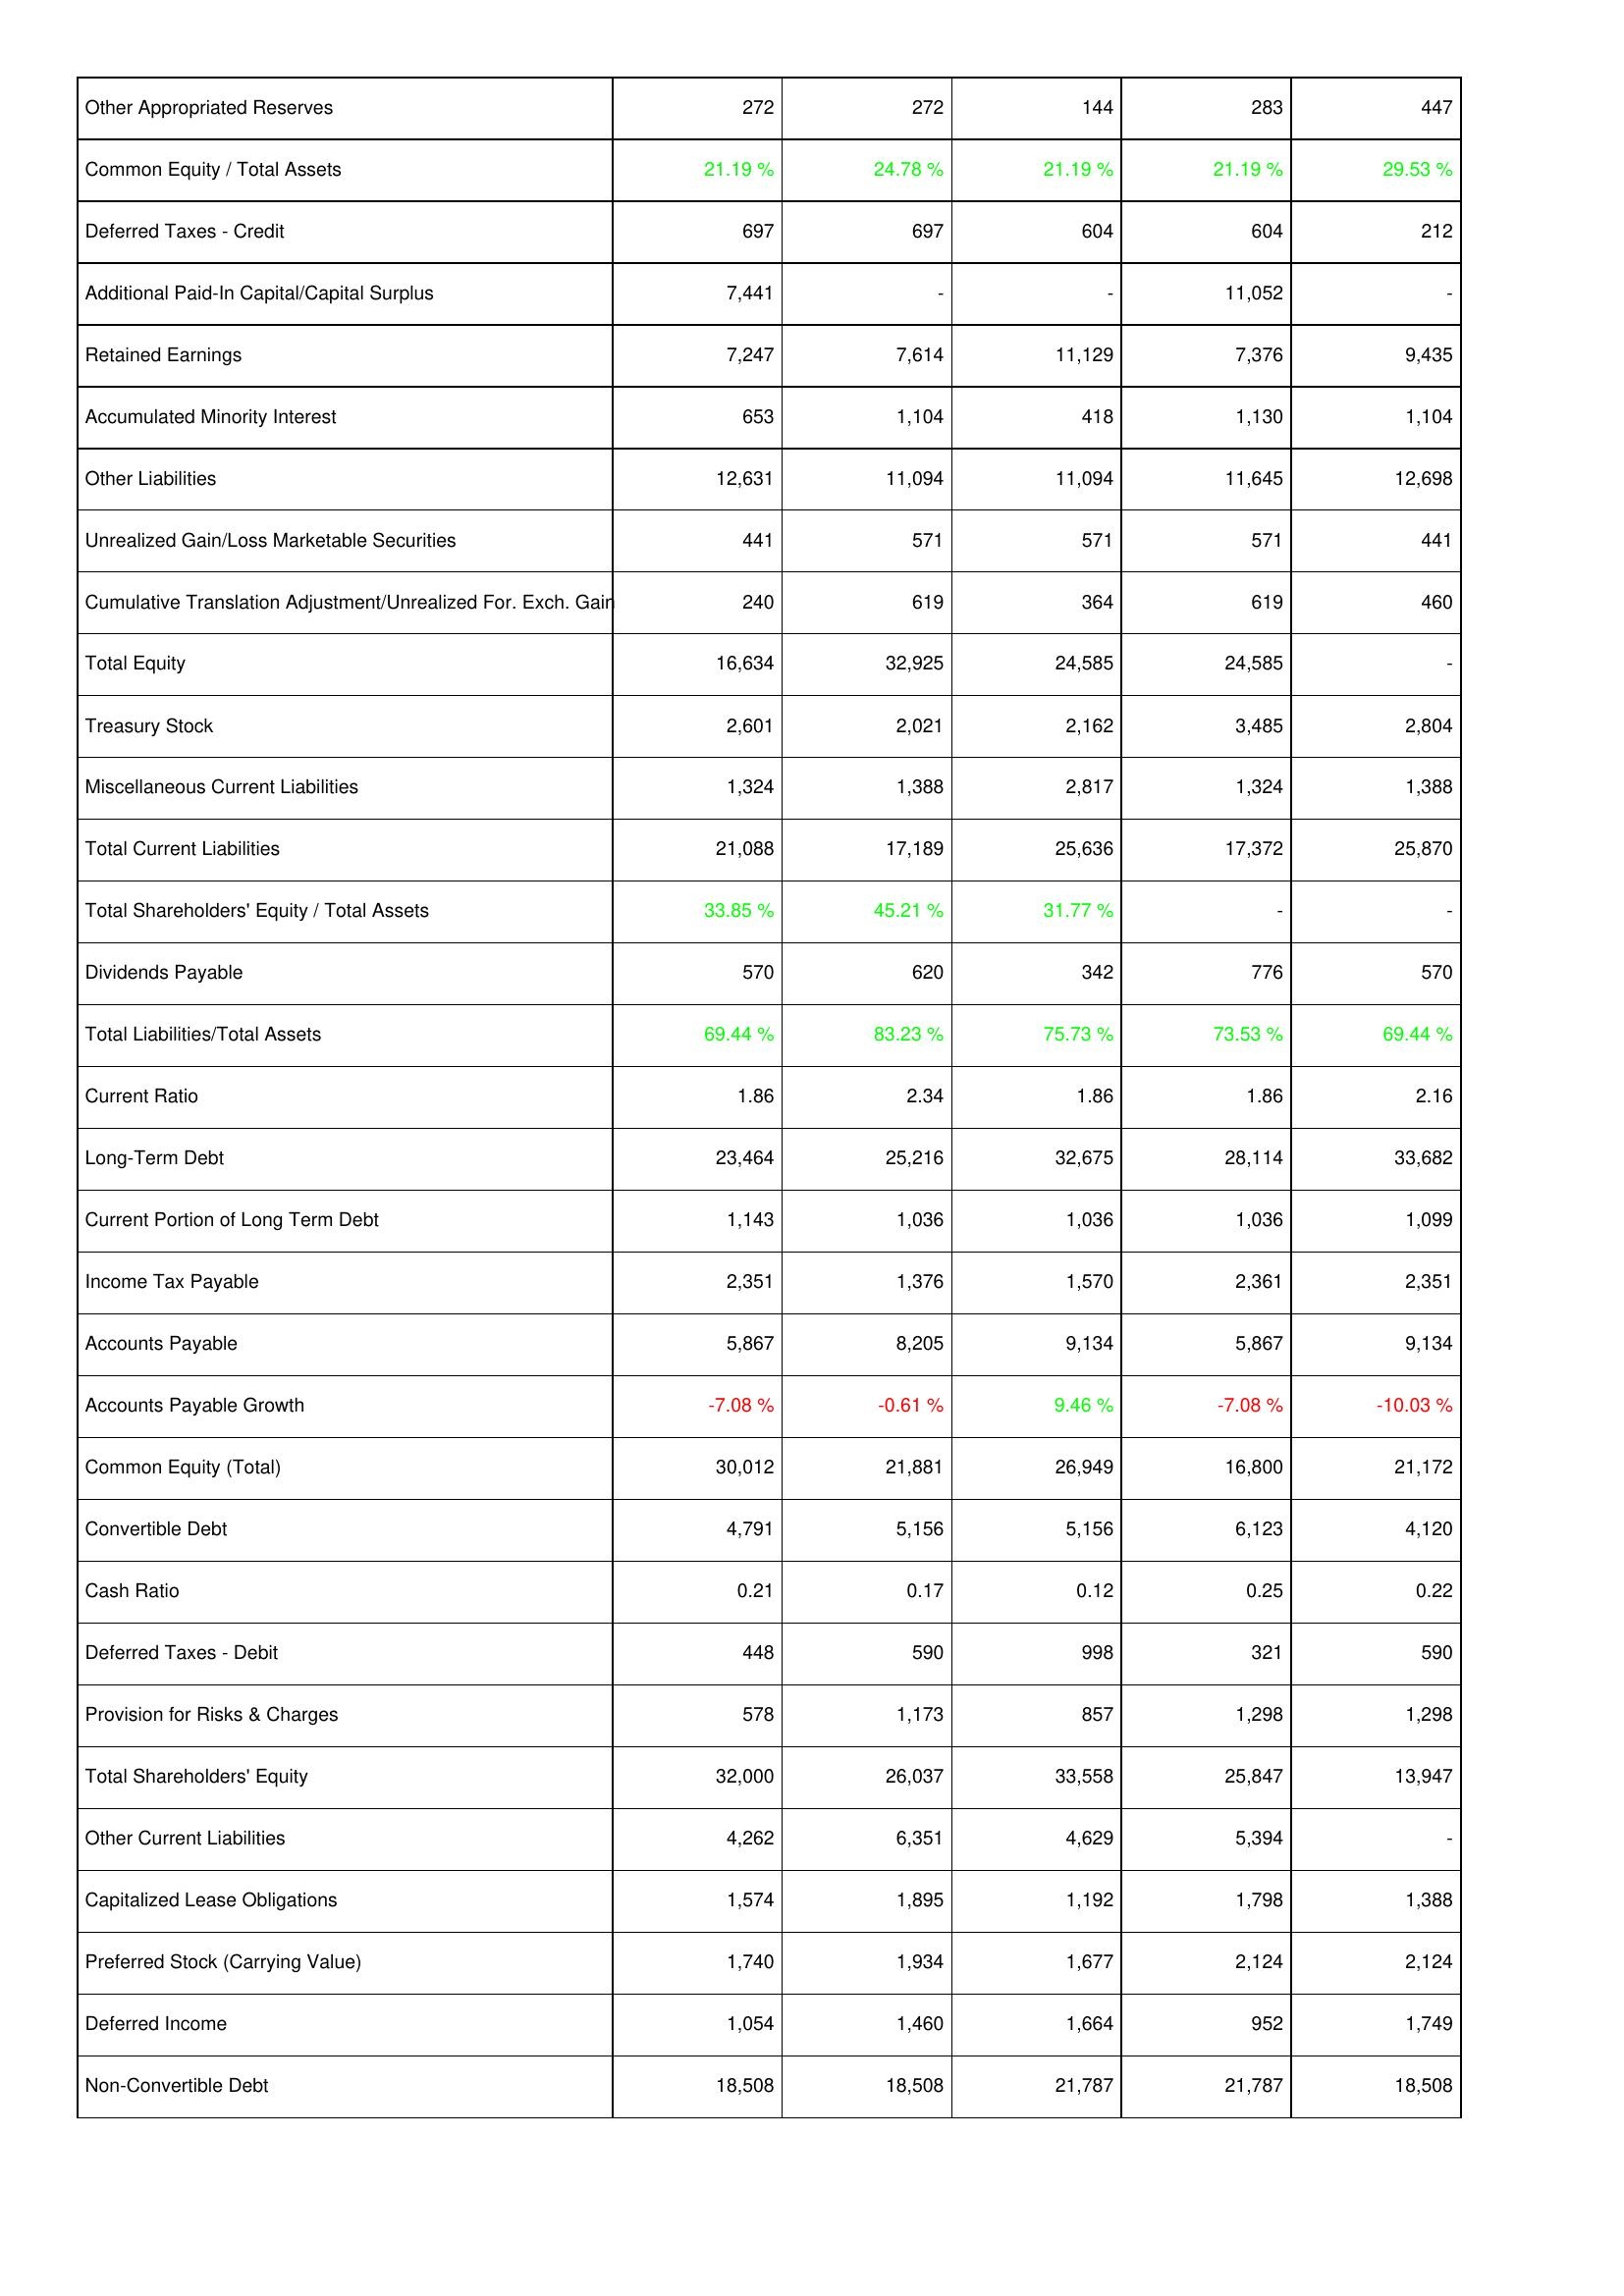
2019: Liabilities & Shareholders' Equity: Other Appropriated Reserves: 272
Common Equity / Total Assets: 21.19 %
Deferred Taxes - Credit: 697
Additional Paid-In Capital/Capital Surplus: 7,441
Retained Earnings: 7,247
Accumulated Minority Interest: 653
Other Liabilities: 12,631
Unrealized Gain/Loss Marketable Securities: 441
Cumulative Translation Adjustment/Unrealized For. Exch. Gain: 240
Total Equity: 16,634
Treasury Stock: 2,601
Miscellaneous Current Liabilities: 1,324
Total Current Liabilities: 21,088
Total Shareholders' Equity / Total Assets: 33.85 %
Dividends Payable: 570
Total Liabilities/Total Assets: 69.44 %
Current Ratio: 1.86
Long-Term Debt: 23,464
Current Portion of Long Term Debt: 1,143
Income Tax Payable: 2,351
Accounts Payable: 5,867
Accounts Payable Growth: -7.08 %
Common Equity (Total): 30,012
Convertible Debt: 4,791
Cash Ratio: 0.21
Deferred Taxes - Debit: 448
Provision for Risks & Charges: 578
Total Shareholders' Equity: 32,000
Other Current Liabilities: 4,262
Capitalized Lease Obligations: 1,574
Preferred Stock (Carrying Value): 1,740
Deferred Income: 1,054
Non-Convertible Debt: 18,508
2018: Liabilities & Shareholders' Equity: Other Appropriated Reserves: 272
Common Equity / Total Assets: 24.78 %
Deferred Taxes - Credit: 697
Additional Paid-In Capital/Capital Surplus: -
Retained Earnings: 7,614
Accumulated Minority Interest: 1,104
Other Liabilities: 11,094
Unrealized Gain/Loss Marketable Securities: 571
Cumulative Translation Adjustment/Unrealized For. Exch. Gain: 619
Total Equity: 32,925
Treasury Stock: 2,021
Miscellaneous Current Liabilities: 1,388
Total Current Liabilities: 17,189
Total Shareholders' Equity / Total Assets: 45.21 %
Dividends Payable: 620
Total Liabilities/Total Assets: 83.23 %
Current Ratio: 2.34
Long-Term Debt: 25,216
Current Portion of Long Term Debt: 1,036
Income Tax Payable: 1,376
Accounts Payable: 8,205
Accounts Payable Growth: -0.61 %
Common Equity (Total): 21,881
Convertible Debt: 5,156
Cash Ratio: 0.17
Deferred Taxes - Debit: 590
Provision for Risks & Charges: 1,173
Total Shareholders' Equity: 26,037
Other Current Liabilities: 6,351
Capitalized Lease Obligations: 1,895
Preferred Stock (Carrying Value): 1,934
Deferred Income: 1,460
Non-Convertible Debt: 18,508
2017: Liabilities & Shareholders' Equity: Other Appropriated Reserves: 144
Common Equity / Total Assets: 21.19 %
Deferred Taxes - Credit: 604
Additional Paid-In Capital/Capital Surplus: -
Retained Earnings: 11,129
Accumulated Minority Interest: 418
Other Liabilities: 11,094
Unrealized Gain/Loss Marketable Securities: 571
Cumulative Translation Adjustment/Unrealized For. Exch. Gain: 364
Total Equity: 24,585
Treasury Stock: 2,162
Miscellaneous Current Liabilities: 2,817
Total Current Liabilities: 25,636
Total Shareholders' Equity / Total Assets: 31.77 %
Dividends Payable: 342
Total Liabilities/Total Assets: 75.73 %
Current Ratio: 1.86
Long-Term Debt: 32,675
Current Portion of Long Term Debt: 1,036
Income Tax Payable: 1,570
Accounts Payable: 9,134
Accounts Payable Growth: 9.46 %
Common Equity (Total): 26,949
Convertible Debt: 5,156
Cash Ratio: 0.12
Deferred Taxes - Debit: 998
Provision for Risks & Charges: 857
Total Shareholders' Equity: 33,558
Other Current Liabilities: 4,629
Capitalized Lease Obligations: 1,192
Preferred Stock (Carrying Value): 1,677
Deferred Income: 1,664
Non-Convertible Debt: 21,787
2016: Liabilities & Shareholders' Equity: Other Appropriated Reserves: 283
Common Equity / Total Assets: 21.19 %
Deferred Taxes - Credit: 604
Additional Paid-In Capital/Capital Surplus: 11,052
Retained Earnings: 7,376
Accumulated Minority Interest: 1,130
Other Liabilities: 11,645
Unrealized Gain/Loss Marketable Securities: 571
Cumulative Translation Adjustment/Unrealized For. Exch. Gain: 619
Total Equity: 24,585
Treasury Stock: 3,485
Miscellaneous Current Liabilities: 1,324
Total Current Liabilities: 17,372
Total Shareholders' Equity / Total Assets: -
Dividends Payable: 776
Total Liabilities/Total Assets: 73.53 %
Current Ratio: 1.86
Long-Term Debt: 28,114
Current Portion of Long Term Debt: 1,036
Income Tax Payable: 2,361
Accounts Payable: 5,867
Accounts Payable Growth: -7.08 %
Common Equity (Total): 16,800
Convertible Debt: 6,123
Cash Ratio: 0.25
Deferred Taxes - Debit: 321
Provision for Risks & Charges: 1,298
Total Shareholders' Equity: 25,847
Other Current Liabilities: 5,394
Capitalized Lease Obligations: 1,798
Preferred Stock (Carrying Value): 2,124
Deferred Income: 952
Non-Convertible Debt: 21,787
2015: Liabilities & Shareholders' Equity: Other Appropriated Reserves: 447
Common Equity / Total Assets: 29.53 %
Deferred Taxes - Credit: 212
Additional Paid-In Capital/Capital Surplus: -
Retained Earnings: 9,435
Accumulated Minority Interest: 1,104
Other Liabilities: 12,698
Unrealized Gain/Loss Marketable Securities: 441
Cumulative Translation Adjustment/Unrealized For. Exch. Gain: 460
Total Equity: -
Treasury Stock: 2,804
Miscellaneous Current Liabilities: 1,388
Total Current Liabilities: 25,870
Total Shareholders' Equity / Total Assets: -
Dividends Payable: 570
Total Liabilities/Total Assets: 69.44 %
Current Ratio: 2.16
Long-Term Debt: 33,682
Current Portion of Long Term Debt: 1,099
Income Tax Payable: 2,351
Accounts Payable: 9,134
Accounts Payable Growth: -10.03 %
Common Equity (Total): 21,172
Convertible Debt: 4,120
Cash Ratio: 0.22
Deferred Taxes - Debit: 590
Provision for Risks & Charges: 1,298
Total Shareholders' Equity: 13,947
Other Current Liabilities: -
Capitalized Lease Obligations: 1,388
Preferred Stock (Carrying Value): 2,124
Deferred Income: 1,749
Non-Convertible Debt: 18,508